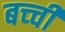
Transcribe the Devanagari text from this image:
बच्‍ची